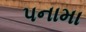
પનામા